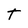
Character: T